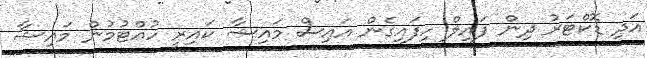
އަދި ޑޮކްޓަރު ދިން ފައިލް ހިފައިގެން އައިސް މައިޝާ ކައިރީ ހުއްޓުމުން މައިޝާ